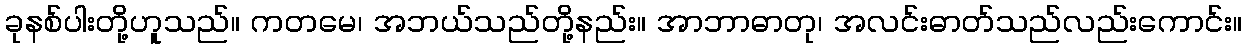
ခုနစ်ပါးတို့ဟူသည်။ ကတမေ၊ အဘယ်သည်တို့နည်း။ အာဘာဓာတု၊ အလင်းဓာတ်သည်လည်းကောင်း။